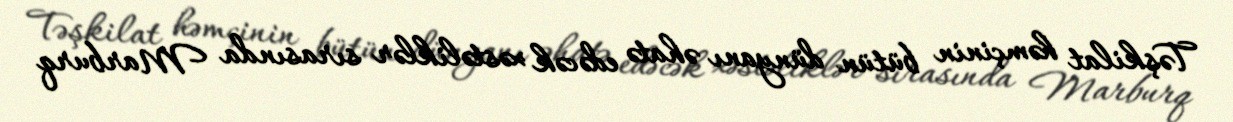
Təşkilat həmçinin bütün dünyanı əhatə edəcək xəstəliklər sırasında Marburq